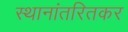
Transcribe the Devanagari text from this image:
स्थानांतरितकर